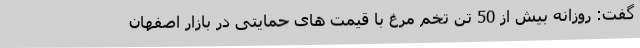
گفت: روزانه بیش از 50 تن تخم مرغ با قیمت های حمایتی در بازار اصفهان